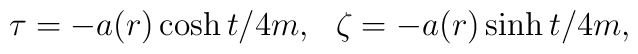
\tau =-a(r)\cosh t/4m,~~\zeta =- a(r)\sinh  t/4m,